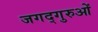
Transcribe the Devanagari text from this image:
जगद्गुरुओं